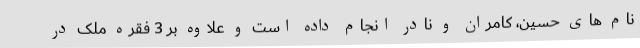
نام های حسین، کامران و نادر انجام داده است و علاوه بر 3 فقره ملک در